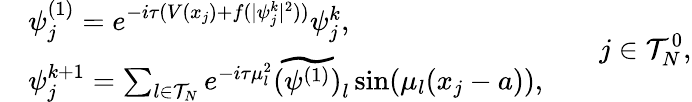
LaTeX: \begin{array}{rl}&{\psi_{j}^{(1)}=e^{-i\tau(V(x_{j})+f(|\psi_{j}^{k}|^{2}))}\psi_{j}^{k},}\\ &{\psi_{j}^{k+1}=\sum_{l\in\mathcal{T}_{N}}e^{-i\tau\mu_{l}^{2}}\widetilde{(\psi^{(1)})}_{l}\sin(\mu_{l}(x_{j}-a)),}\end{array}\qquad j\in\mathcal{T}_{N}^{0},